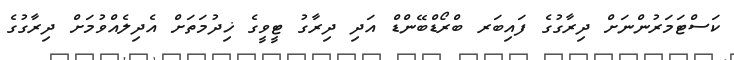
ކަސްޓަމަރުންނަށް ދިރާގުގެ ފައިބަރ ބްރޯޑްބޭންޑް އަދި ދިރާގު ޓީވީގެ ޚިދުމަތަށް އެދިލެއްވުމަށް ދިރާގުގެ